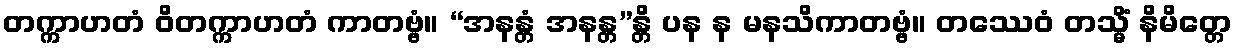
တက္ကာဟတံ ဝိတက္ကာဟတံ ကာတဗ္ဗံ။ “အနန္တံ အနန္တ”န္တိ ပန န မနသိကာတဗ္ဗံ။ တဿေဝံ တသ္မိံ နိမိတ္တေ